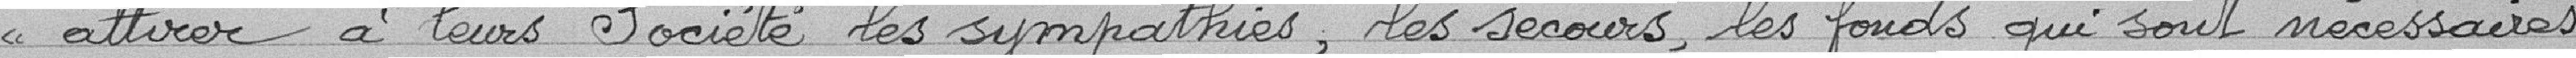
" attirer à leurs sociétés les sympathies, les secours, les fonds qui sont nécessaires